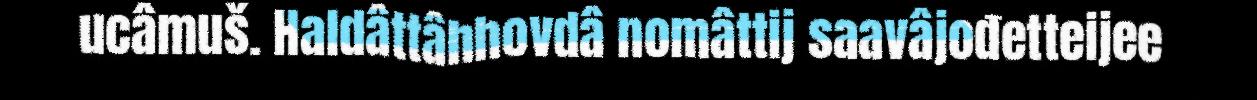
ucâmuš. Haldâttâhhovdâ nomâttij saavâjođetteijee